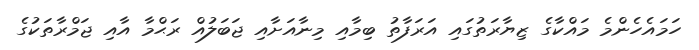
ހަމައެހެންމެ މައްކާގެ ޒިޔާރަތުގައި އަރަފާތު ބިމާއި މިނާއަށާއި ޖަބަލުއް ރަޙްމާ އާއި ޖަމްރާތަކުގެ